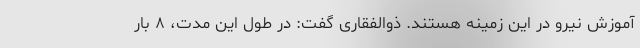
آموزش نیرو در این زمینه هستند. ذوالفقاری گفت: در طول این مدت، ۸ بار